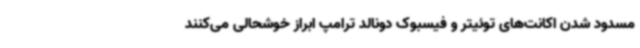
مسدود شدن اکانت‌های توئیتر و فیسبوک دونالد ترامپ ابراز خوشحالی می‌کنند